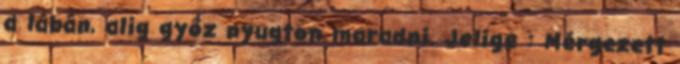
a lábán, alig győz nyugton maradni. Jelige : Mérgezett